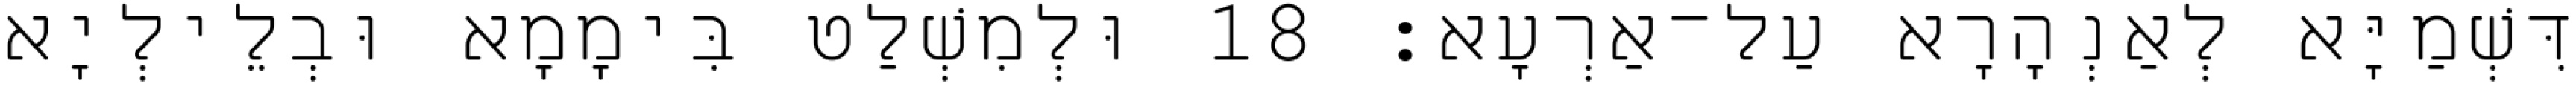
דִּשְׁמַיָּא לְאַנְהָרָא עַל־אַרְעָא׃ 18 וּלְמִשְׁלַט בִּימָמָא וּבְלֵילְיָא